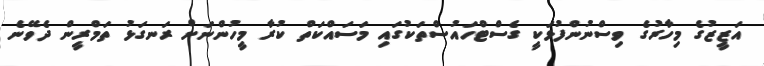
އަޒީޒުގެ މިހާރުގެ ވިސްނުންފުޅަކީ ގެސްޓްހައުސްތަކުގައި މަސައްކަތް ކުރާ މީހުންނަށް ރަނގަޅު ތަމްރީން ދެވޭނެ